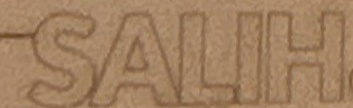
SALIH